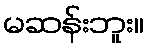
မဆန်းဘူး။